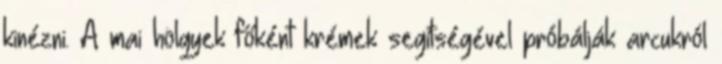
kinézni. A mai hölgyek főként krémek segítségével próbálják arcukról